Assam Mental Hospital (Tezpur, India) - 1933-1948
Year: 1933
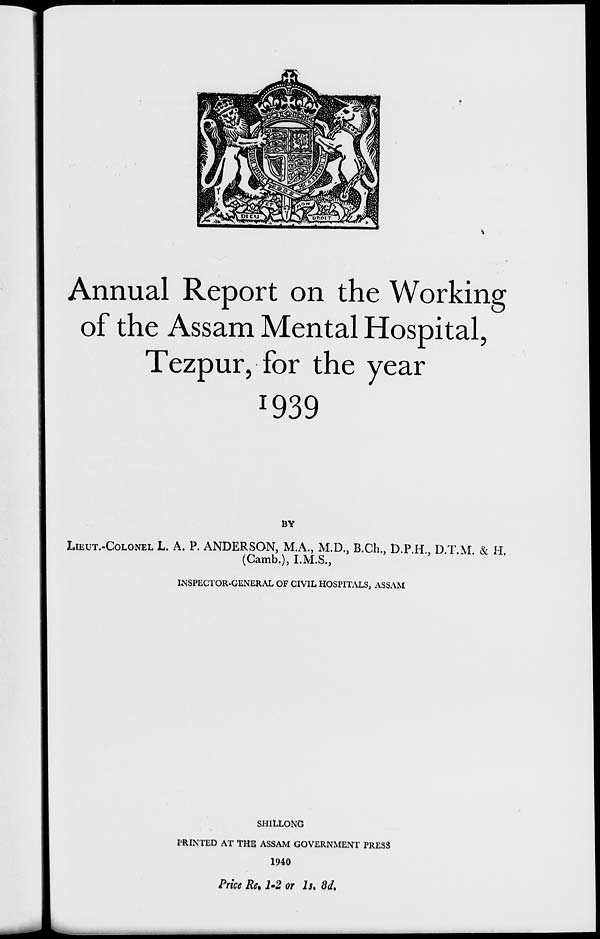
Annual Report on the Working
of the Assam Mental Hospital,
Tezpur, for the year
1939
BY
LIEUT.-COLONEL L. A. P. ANDERSON, M.A., M.D., B.Ch., D.P.H., D.T.M. & H.
(Camb.), I.M.S.,
INSPECTOR-GENERAL OF CIVIL HOSPITALS, ASSAM
SHILLONG
PRINTED AT THE ASSAM GOVERNMENT PRESS
1940
Price Re. 1-2 or 1s. 8d.